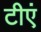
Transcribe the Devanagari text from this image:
टीएं